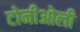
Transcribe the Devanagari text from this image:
टोनीओली